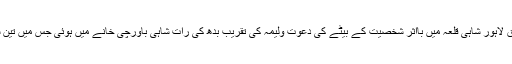
میڈیا رپورٹس کے مطابق لاہور شاہی قلعہ میں بااثر شخصیت کے بیٹے کی دعوت ولیمہ کی تقریب بدھ کی رات شاہی باورچی خانے میں ہوئی جس میں تین سو افراد نے شرکت کی ۔